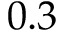
0 . 3